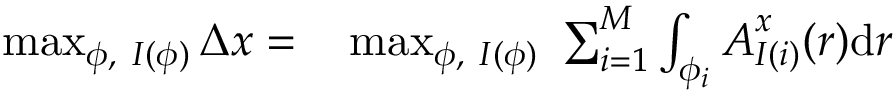
\begin{array} { r l } { \operatorname* { m a x } _ { \phi , \ I ( \phi ) } \Delta x = } & { { } \operatorname* { m a x } _ { \phi , \ I ( \phi ) } \ \sum _ { i = 1 } ^ { M } \int _ { \phi _ { i } } { \boldsymbol { A } _ { I ( i ) } ^ { x } ( \boldsymbol { r } ) \mathrm { d } \boldsymbol { r } } } \end{array}